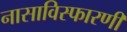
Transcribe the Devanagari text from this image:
नासाविस्फारणी